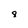
Character: 8